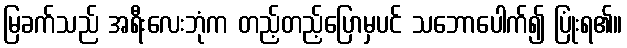
မြခက်သည် အရီးလေးဘုံက တည့်တည့်ပြောမှပင် သဘောပေါက်၍ ပြုံးရ၏။